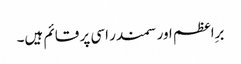
برِاعظم اور سمندر اسی پر قائم ہیں۔